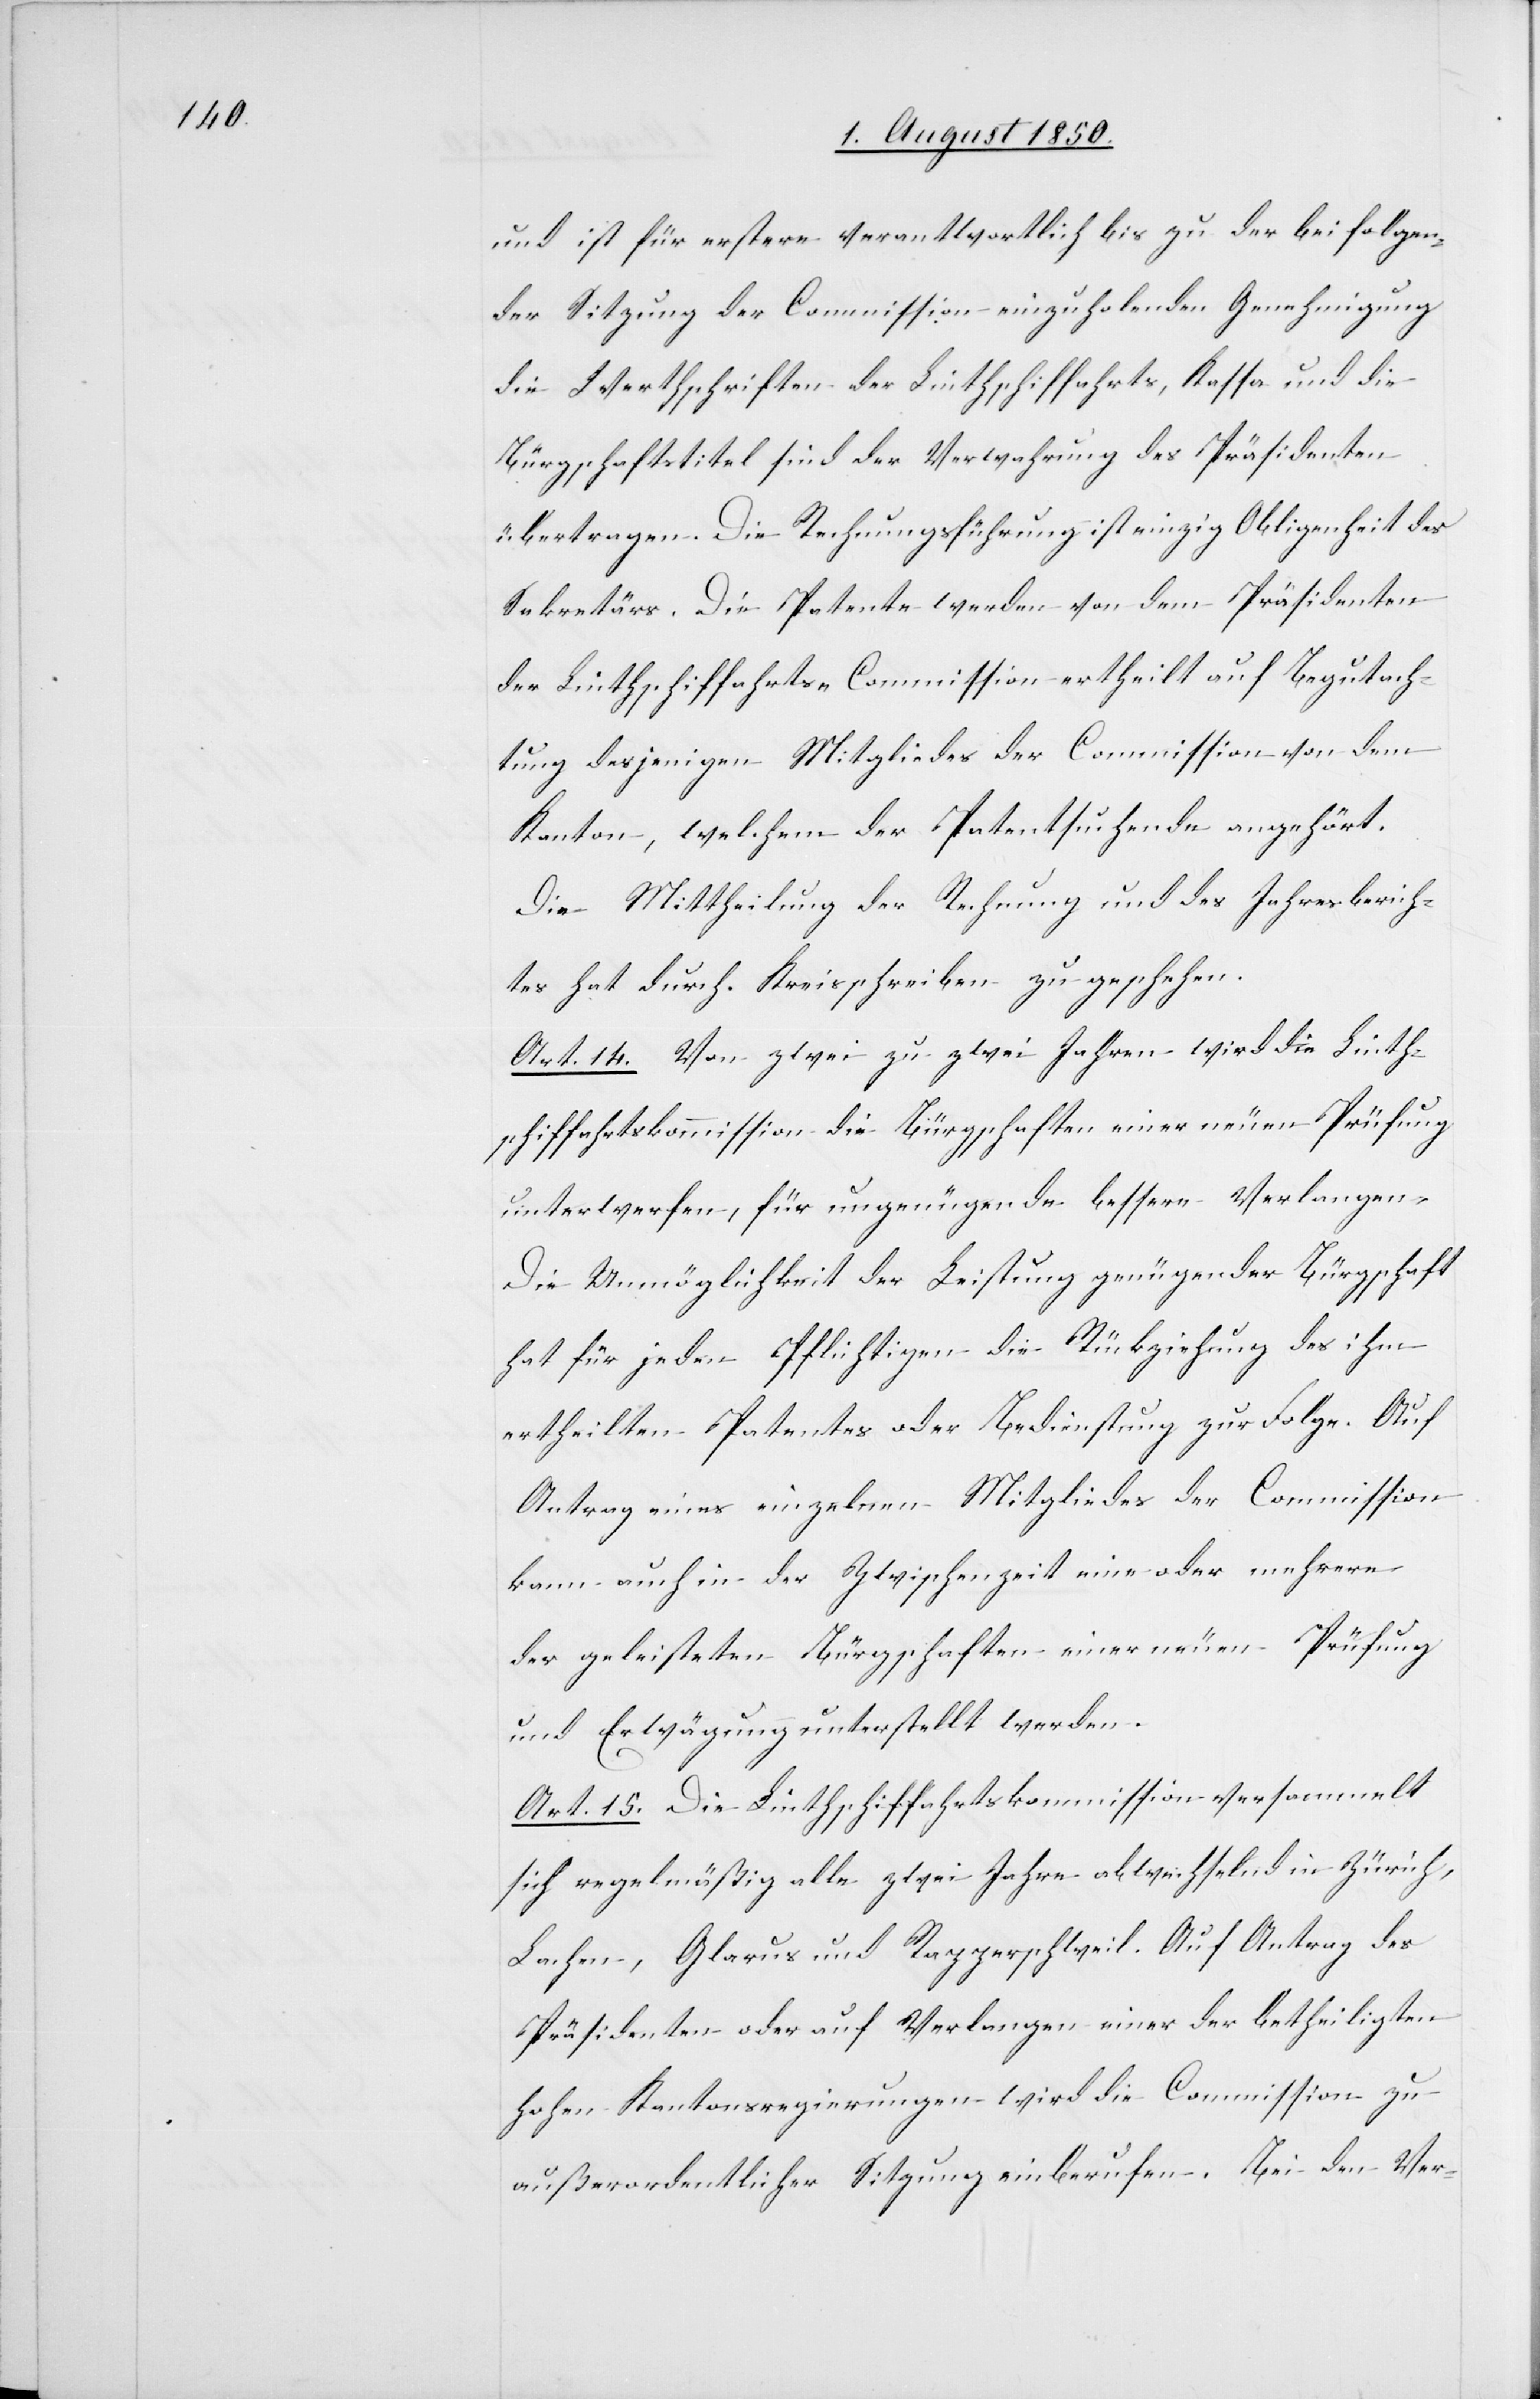
und ist für erstere verantwortlich bis zu der bei folgen¬
der Sitzung der Commission einzuholenden Genehmigung
die Werthschriften der Linthschiffahrts-Kassa und die
Bürgschaftstitel sind der Verwahrung des Präsidenten
übertragen. Die Rechnungsführung ist [die] einzig[e]
Sekretärs. Die Patente werden von dem Präsidenten
der Linthschiffahrts-Commission ertheilt auf Begutach¬
tung desjenigen Mitgliedes der Commission von dem
Kanton, welchem der Patentsuchende angehört.
Die Mittheilung der Rechnung und des Jahresberich¬
tes hat durch Kreisschreiben zu geschehen.
Art. 14. Von zwei zu zwei Jahren wird die Linth¬
schiffahrtskommission die Bürgschaften einer neuen Prüfung
unterwerfen, für ungenügende bessere verlangen.
Die Unmöglichkeit der Leistung genügender Bürgschaft
hat für jeden Pflichtigen die Rückziehung des ihm
ertheilten Patentes oder Bedienstung zur Folge. Auf
Antrag eines einzelnen Mitgliedes der Commission
kann auch in der Zwischenzeit eine oder mehrere
der geleisteten Bürgschaften einer neuen Prüfung
und Erwägung unterstellt werden.
Art. 15. Die Linthschiffahrtskommission versammelt
sich regelmäßig alle zwei Jahre abwechselnd in Zürich,
Lachen, Glarus und Rapperschweil. Auf Antrag des
Präsidenten oder auf Verlangen einer der Betheiligten
hohen Kantonsregierungen wird die Commission zu
außerordentlicher Sitzung einberufen. Bei den Ver-